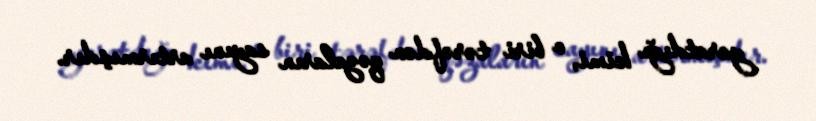
yaratdığı kimi, o biri tərəfdən qəzaların sayını artırmışdır.